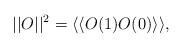
LaTeX: \begin{align*}||O||^2=\langle\langle O(1)O(0)\rangle\rangle,\end{align*}